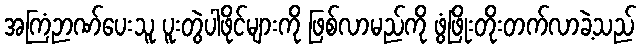
အကြံဉာဏ်ပေးသူ ပူးတွဲပါဖိုင်များကို ဖြစ်လာမည်ကို ဖွံဖြိုးတိုးတက်လာခဲ့သည်